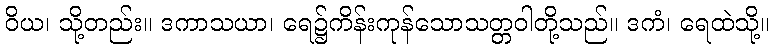
ဝိယ၊ သို့တည်း။ ဒကာသယာ၊ ရေ၌ကိန်းကုန်သောသတ္တဝါတို့သည်။ ဒကံ၊ ရေထဲသို့။